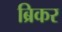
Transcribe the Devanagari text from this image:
ब्रिकर